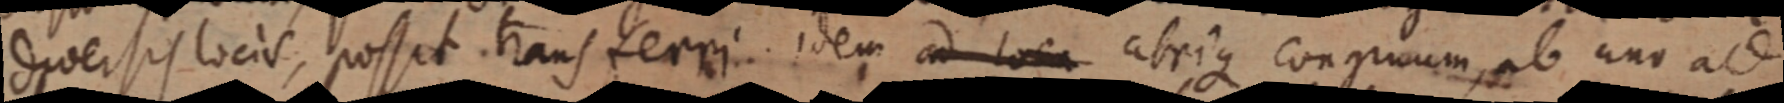
diversis locis, possit transferri idem ad loca atrique congruum, ab uno ad